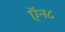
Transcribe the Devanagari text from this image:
ऍन८